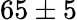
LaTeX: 65\pm 5